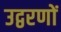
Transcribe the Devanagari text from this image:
उद्वरणों